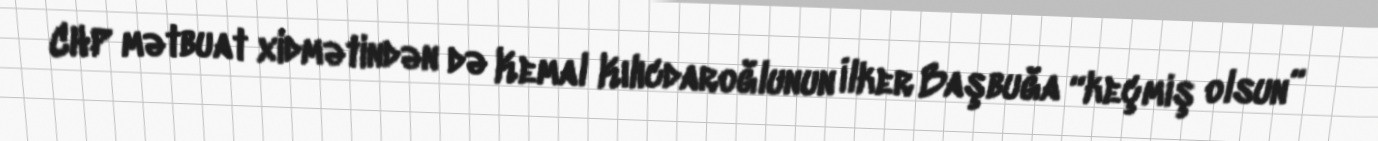
CHP mətbuat xidmətindən də Kemal Kılıcdaroğlunun İlker Başbuğa “keçmiş olsun”